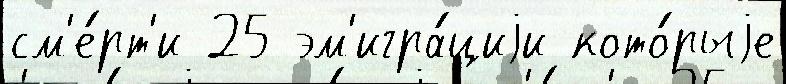
см'е́рт'и 25 эм'игра́циjи кото́рыjе